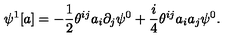
\psi ^ { 1 } [ a ] = - \frac { 1 } { 2 } \theta ^ { i j } a _ { i } \partial _ { j } \psi ^ { 0 } + \frac { i } { 4 } \theta ^ { i j } a _ { i } a _ { j } \psi ^ { 0 } .